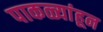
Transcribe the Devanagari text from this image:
पाकळ्यांहून